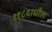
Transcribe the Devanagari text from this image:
१९८६ाधील